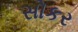
સોકર